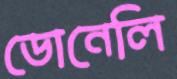
ডোনেলি